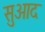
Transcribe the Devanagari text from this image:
सुआद